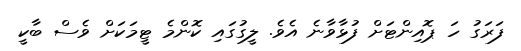
ފަރަގު ހަ ޕޮއިންޓަށް ފުޅާވާނެ އެވެ. ލީގުގައި ކޮންމެ ޓީމަކަށް ވެސް ބާކީ